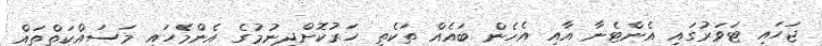
ޖަހައި ޓަވަރުގައި އެންޓެނާ އާއި އެހެން ބައެއް ތަކެތި ހަރުކޮށްދިނުމުގެ އެންމެހައި މަސައްކަތްތައް